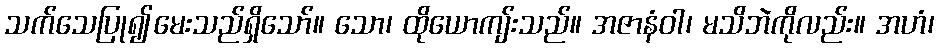
သက်သေပြု၍မေးသည်ရှိသော်။ သော၊ ထိုယောကျ်းသည်။ အဇာနံဝါ၊ မသိဘဲကိုလည်း။ အဟံ၊